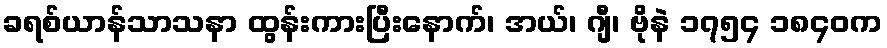
ခရစ်ယာန်သာသနာ ထွန်းကားပြီးနောက်၊ အယ်၊ ဂျီ၊ ဗိုနဲ ၁၇၅၄ ၁၈၄၀က